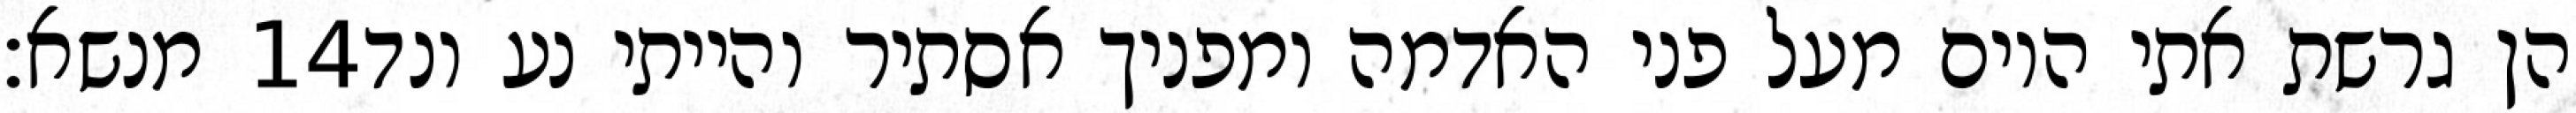
מנשא׃ ‎14‏ הן גרשת אתי היום מעל פני האדמה ומפניך אסתיר והייתי נע ונד